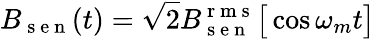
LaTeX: B_{\mathrm{~s~e~n~}}(t)=\sqrt{2}B_{\mathrm{~s~e~n~}}^{\mathrm{~r~m~s~}}\big[\cos\omega_{m}t\big]